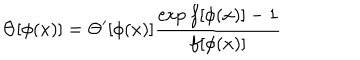
LaTeX: \Theta [ \phi ( x ) ] = \Theta ^ { \prime } [ \phi ( x ) ] \frac { \exp f [ \phi ( x ) ] - 1 } { f [ \phi ( x ) ] }